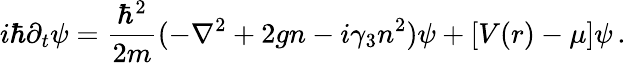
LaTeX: i\hbar\partial_{t}\psi=\frac{\hbar^{2}}{2m}(-\nabla^{2}+2gn-i\gamma_{3}n^{2})\psi+[V(r)-\mu]\psi\, .